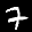
Label: 7